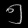
Digit: ၅